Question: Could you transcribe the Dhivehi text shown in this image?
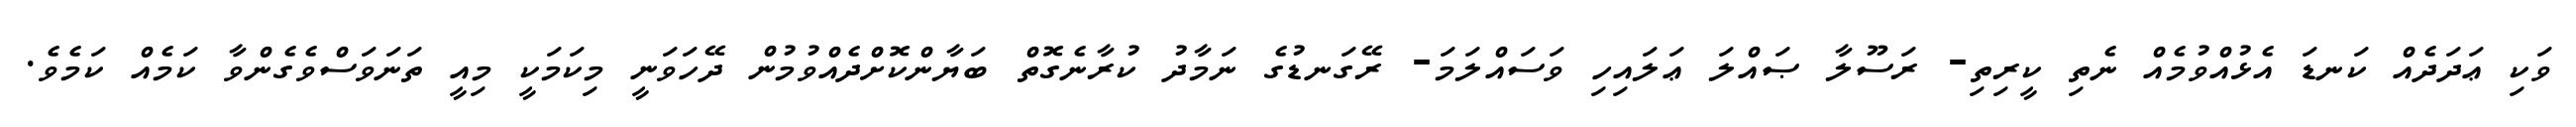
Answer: ވަކި ޢަދަދެއް ކަނޑަ އެޅުއްވުމެއް ނެތި ކީރިތި- ރަސޫލާ ޞައްލަ ޢަލައިހި ވަސައްލަމަ- ރޭގަނޑުގެ ނަމާދު ކުރާނެގޮތް ބަޔާންކޮށްދެއްވުމުން ދޭހަވަނީ މިކަމަކީ މިއީ ތަނަވަސްވެގެންވާ ކަމެއް ކަމެވެ.